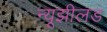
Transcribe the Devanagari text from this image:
न्यूझीलड